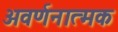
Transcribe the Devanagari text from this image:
अवर्णनात्मक